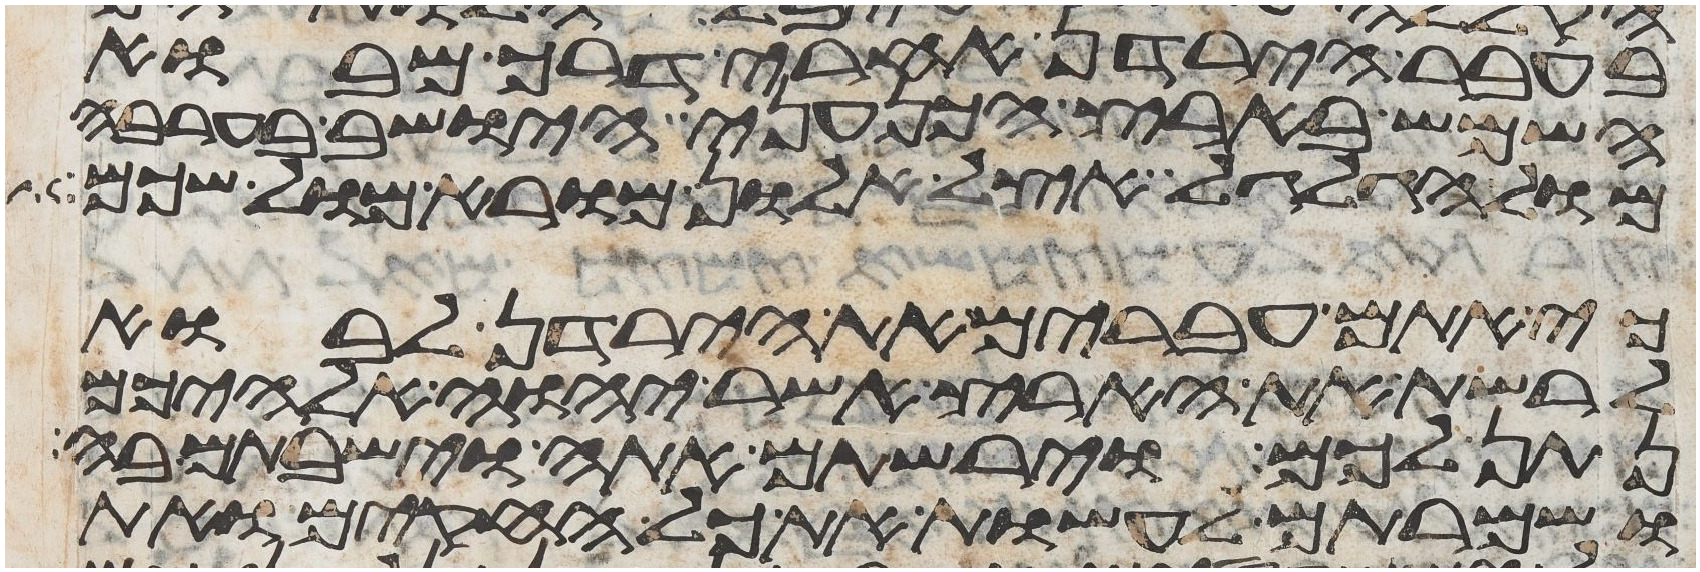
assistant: בעבר הירדן אחרי דרך מבוא
השמש בארץ הכנעני הישב בערבה
מול הגלגל אצל אלון מורא מול שכם
כי אתם עברים את הירדן לבוא
לרשת את הארץ אשר יהוה אלהיכם
נתן לכם וירשתם אתה וישבתם בה
ושמרתם לעשות את כל החקים ואת